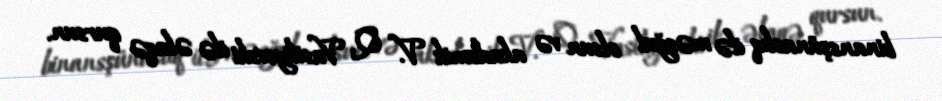
binansşünaslıq ilə məşğul olsun və akademik V. Q. Vasiliyevski ilə əlaqə qursun.